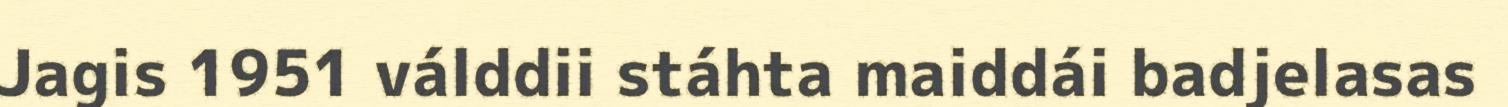
Jagis 1951 válddii stáhta maiddái badjelasas